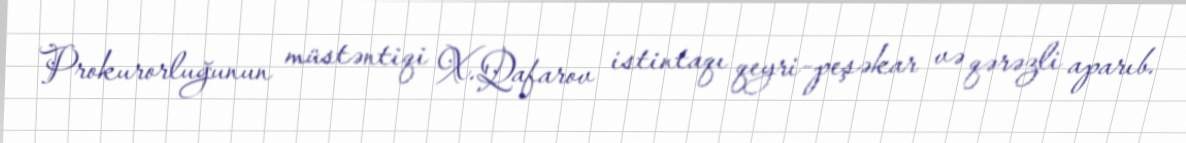
Prokurorluğunun müstəntiqi X.Qafarov istintaqı qeyri-peşəkar və qərəzli aparıb.